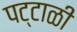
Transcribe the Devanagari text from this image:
पट्टाळी